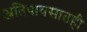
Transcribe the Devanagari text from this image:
अतिपावसातही